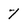
Character: 7